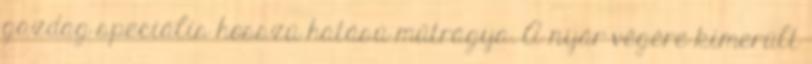
gazdag speciális hosszú hatású műtrágya. A nyár végére kimerült